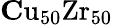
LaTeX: \mathrm{\mathbf Cu_{\mathrm{5}0}Zr_{\mathrm{5}0}}